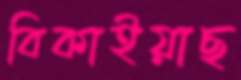
বিকাইয়াছ